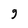
Character: 9